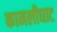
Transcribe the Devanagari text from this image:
कामलीघाट